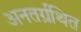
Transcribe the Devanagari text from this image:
अनतर्ग्रथित